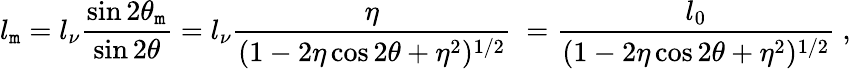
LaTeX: l_{\mathtt{m}}=l_{\nu}\frac{{\sin2\theta_{\mathtt{m}}}}{{\sin2\theta}}=l_{\nu}\frac{{\eta}}{{(1-2\eta\cos2\theta+\eta^{2})^{1/2}}}~=\frac{{l_{0}}}{{(1-2\eta\cos2\theta+\eta^{2})^{1/2}}}~,